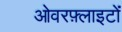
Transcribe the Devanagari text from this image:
ओवरफ़्लाइटों